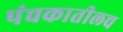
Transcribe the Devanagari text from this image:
पंचकातीलच